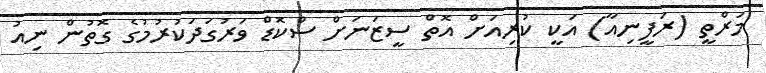
މަރްތީ (ރަފީނިއާ) އަކީ ކުރިއަށް އޮތް ސީޒަނަށް ސްކޮޑް ވަރުގަދަކުރުމުގެ ގޮތުން ނިއު